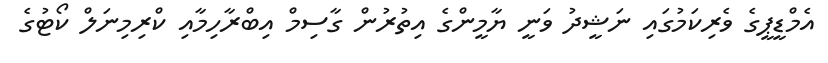
އެމްޑީޕީގެ ވެރިކަމުގައި ނަޝީދު ވަނީ ޔާމީންގެ އިތުރުން ގާސިމް އިބްރާހިމާއި ކްރިމިނަލް ކޯޓުގެ